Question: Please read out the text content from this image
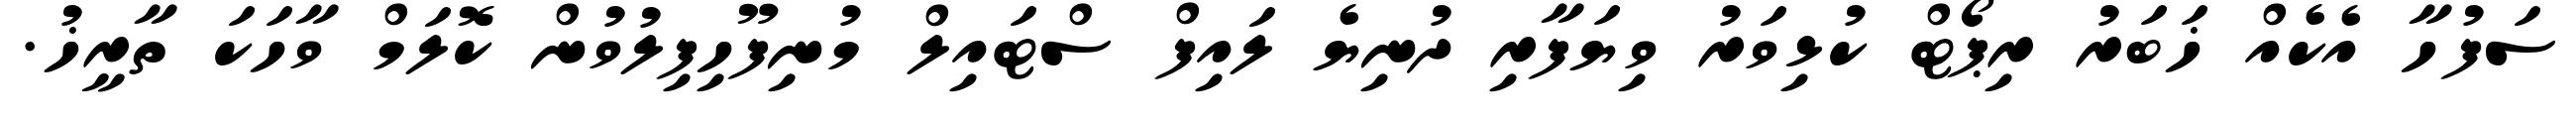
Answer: ސަފުހާ އެކެއް ޚަބަރު ރިޕޯޓް ކުޅިވަރު ވިޔަފާރި ދުނިޔެ ލައިފް ސްޓައިލް މުނިފޫހިފިލުވުން ކޮލަމް ވާހަކަ ތާރީޚު.